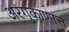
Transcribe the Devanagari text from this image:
अरंगुकाणात्त